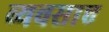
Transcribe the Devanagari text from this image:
व्यवसाए